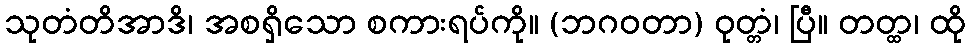
သုတံတိအာဒိ၊ အစရှိသော စကားရပ်ကို။ (ဘဂဝတာ) ဝုတ္တံ၊ ပြီ။ တတ္ထ၊ ထို